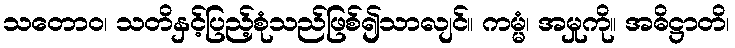
သတောဝ၊ သတိနှင့်ပြည့်စုံသည်ဖြစ်၍သာလျင်။ ကမ္မံ၊ အမှုကို။ အဓိဋ္ဌာတိ၊